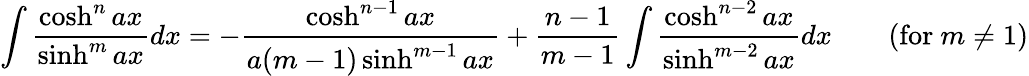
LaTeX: \int{\frac{\cosh^{n}ax}{\sinh^{m}ax}}dx=-{\frac{\cosh^{n-1}ax}{a(m-1)\sinh^{m-1}ax}}+{\frac{n-1}{m-1}}\int{\frac{\cosh^{n-2}ax}{\sinh^{m-2}ax}}dx\qquad{\mathrm{(for~}}m\neq 1{\mathrm{)}}